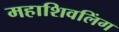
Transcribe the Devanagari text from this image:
महाशिवलिंग